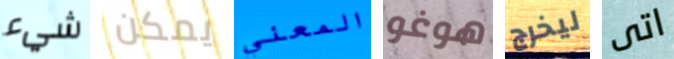
شيء يمكن المعني هوغو ليخرج اتى